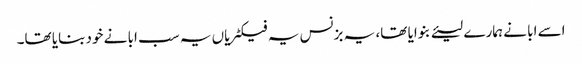
اسے ابا نے ہمارے لیئے بنوایا تھا، یہ بزنس یہ فیکٹریاں یہ سب ابا نے خود بنایا تھا۔